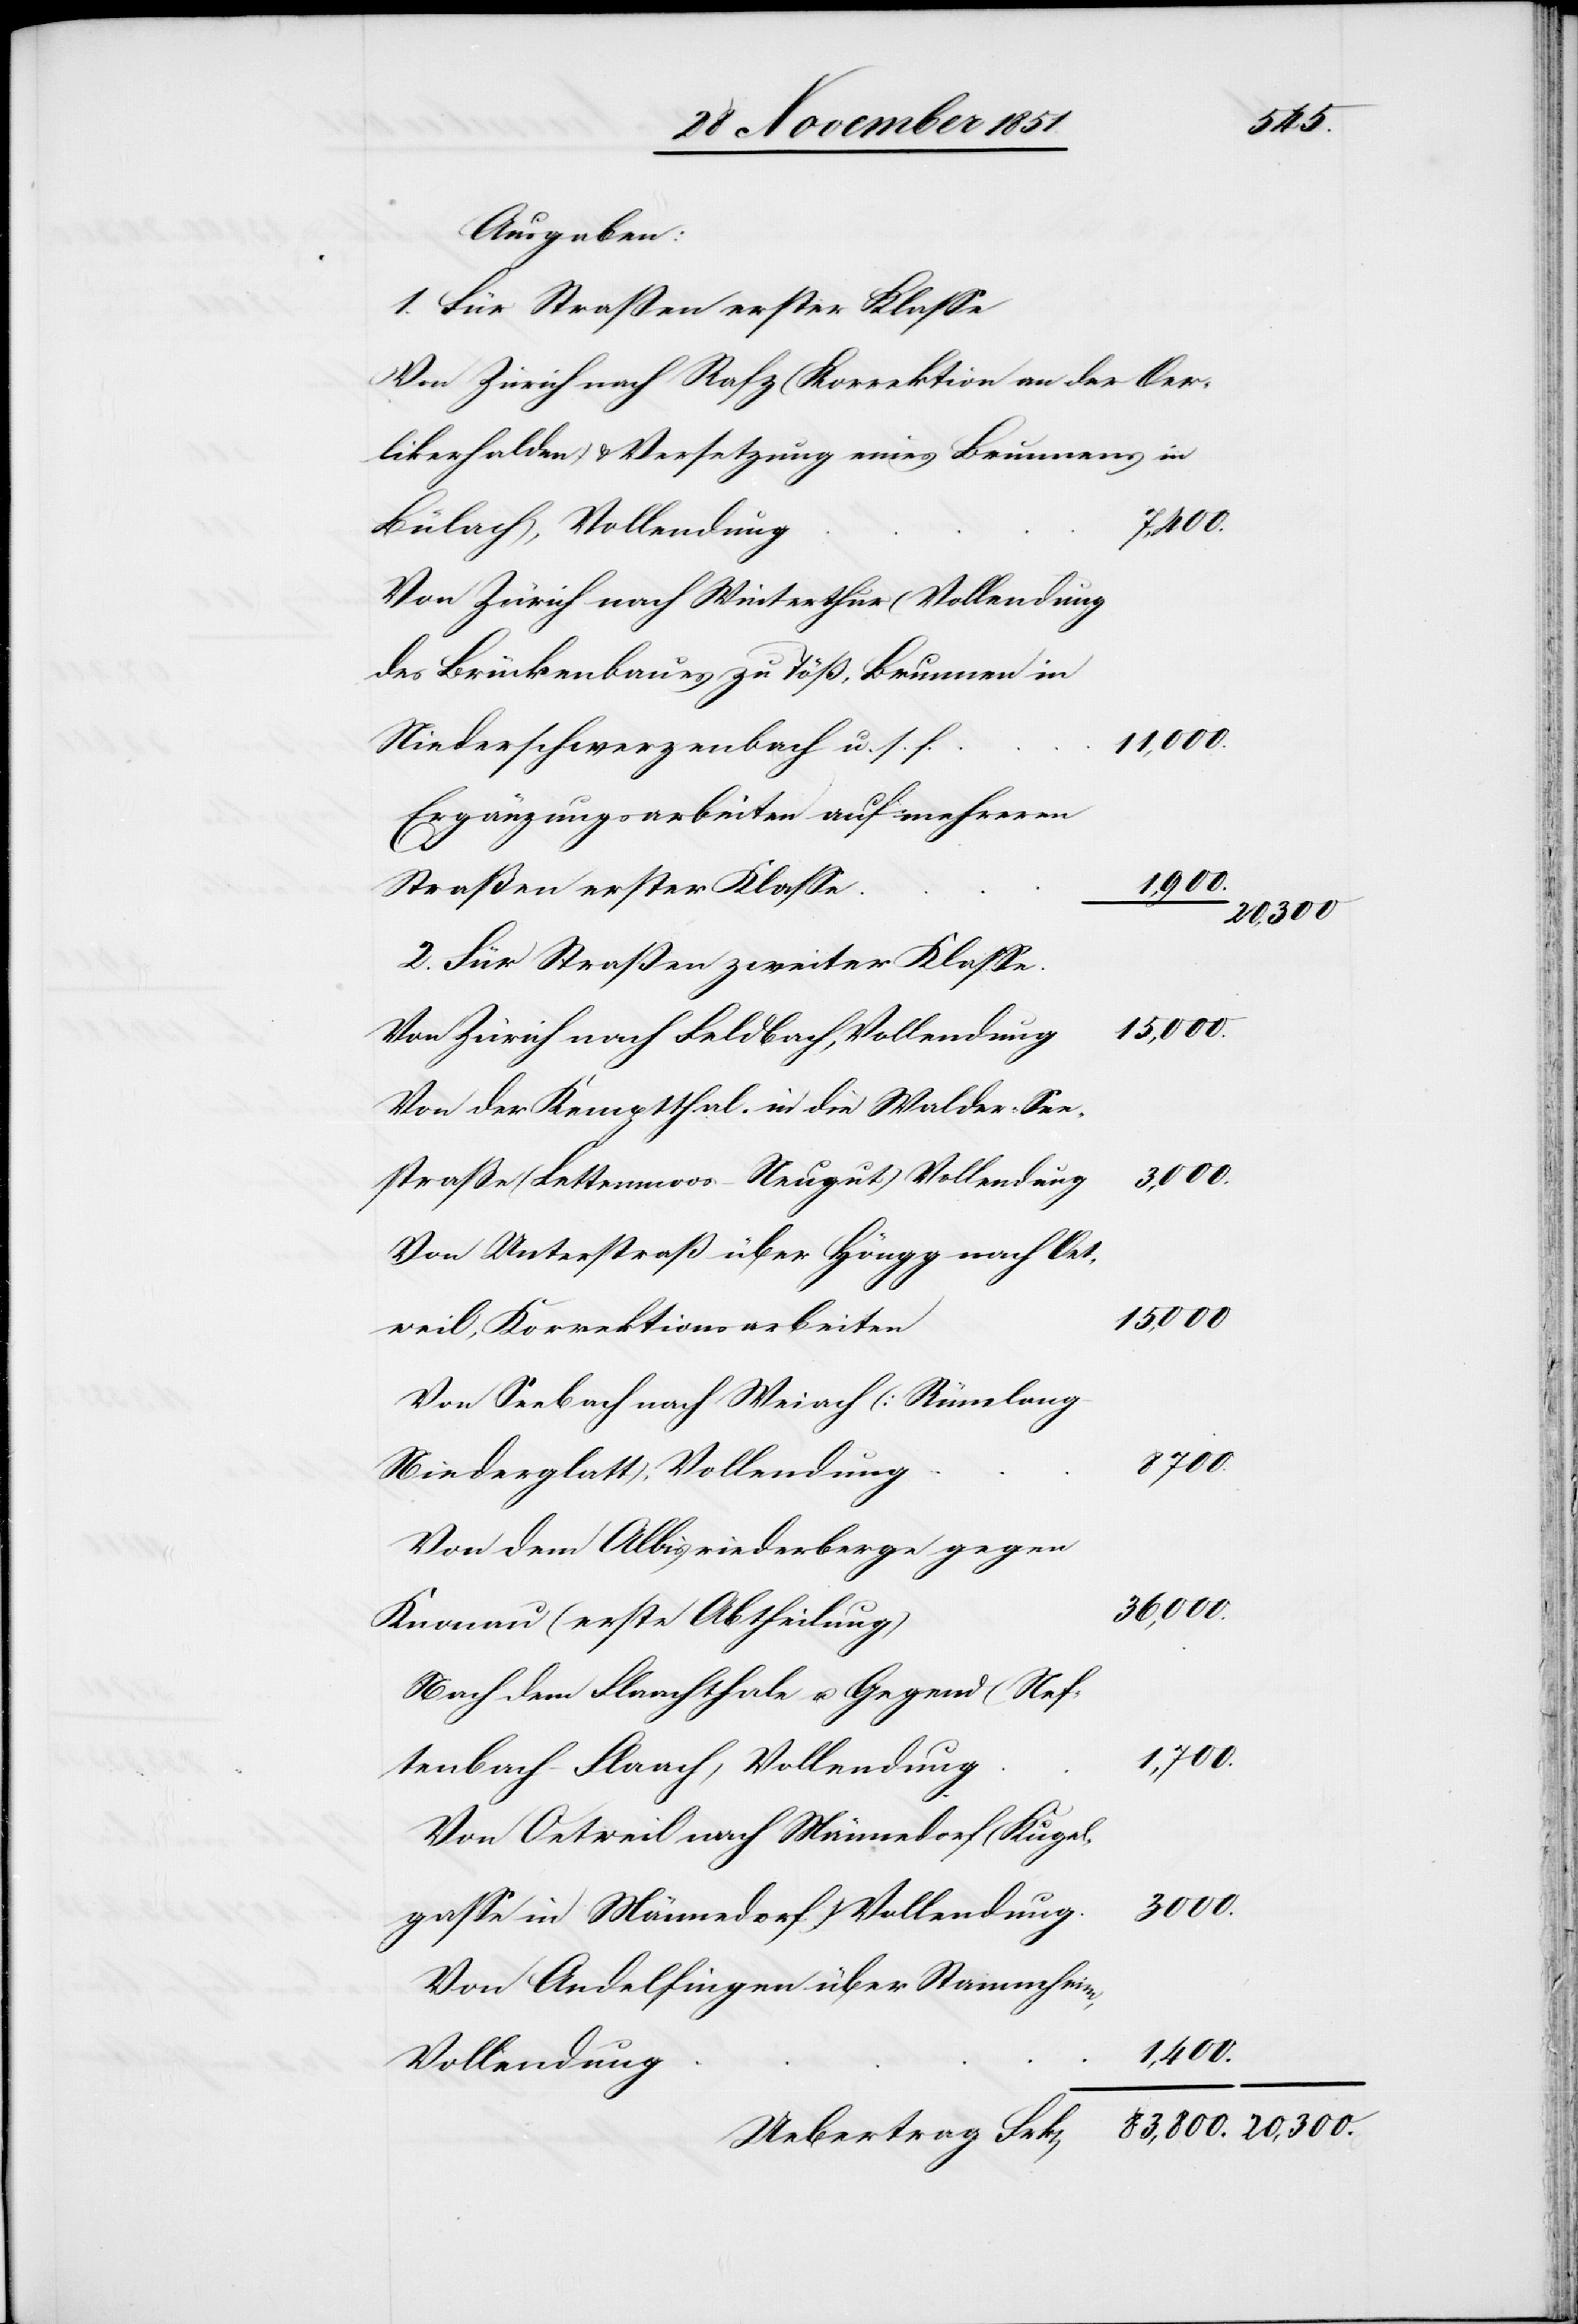
2.
Ausgaben:
Von Zürich nach Rafz (Korrektion an der Oer¬
likerhalden) & Versetzung eines Brunnens in
Bülach), Vollendung
Von Zürich nach Winterthur (Vollendung
des Brückenbaues zu Töß, Brunnen in
11,000.
Niederschwerzenbach u. s.
Ergänzungsarbeiten auf mehreren
Straßen erster Klasse
1,400.
20,300.
Für Straßen zweiter Klasse.
83,800.
Von Zürich nach Feldbach, Vollendung
Von der Kemptthal- in die Walder-See¬
straßer (Lettenmoos – Neugut) Vollendung
Von Unterstraß über Höngg nach Oet¬
weil, Korrektionsarbeiten
Von Seebach nach Weiach (Rümlang
Niederglatt), Vollendung
Von dem Albisriederberge gegen
Knonau (erste Abtheilung)
Nach dem Flaachthale u. Gegend (Nef¬
1,700.
tenbach – Flaach) Vollendung
Von Oetweil nach Männedorf (Kugel¬
3000.
gasse in Männedorf) Vollendung.
Von Andelfingen über Stammheim,
Vollendung
Uebertrag Frk[en]